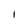
Character: I